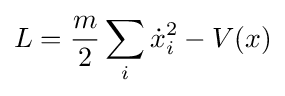
L={\frac {m}{2}}\sum _{i}{\dot {x}}_{i}^{2}-V(x)